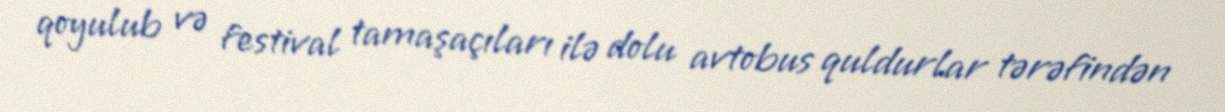
qoyulub və festival tamaşaçıları ilə dolu avtobus quldurlar tərəfindən